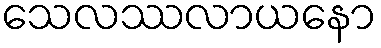
သေလဿလာယနော